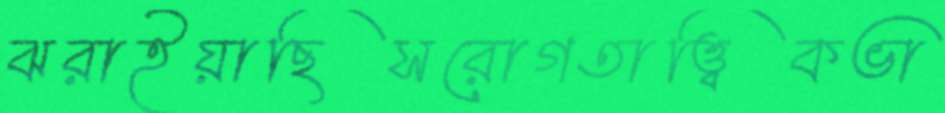
ঝরাইয়াছিসরোগতাত্ত্বিকভা